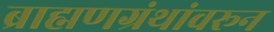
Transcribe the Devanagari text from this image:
ब्राह्मणग्रंथांवरून